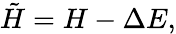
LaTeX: \tilde{H}=H-\Delta E,